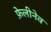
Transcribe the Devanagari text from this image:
फ़ेलीनेव